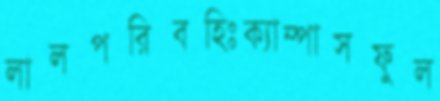
লালপরিবহিঃক্যাম্পাসফুল